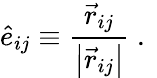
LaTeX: \hat{e}_{ij}\equiv\frac{\vec{r}_{ij}}{\left|\vec{r}_{ij}\right|}\mathrm{~.~}